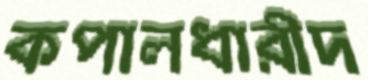
কপালধারীদ